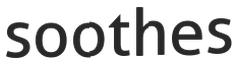
soothes